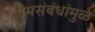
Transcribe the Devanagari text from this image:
प्रेमसंबंधांमुळे